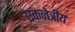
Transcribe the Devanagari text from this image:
एकनेत्रीय